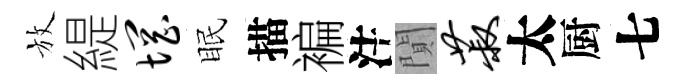
放緹惘眠描褊注閴菽太厨七